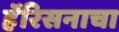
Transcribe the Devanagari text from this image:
हॅरिसनाचा